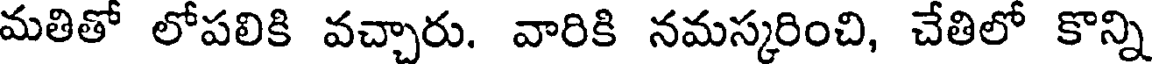
మతితో లోపలికి వచ్చారు. వారికి నమస్కరించి, చేతిలో కొన్ని